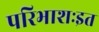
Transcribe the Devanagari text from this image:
परिभाशःइत